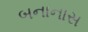
બનાનાસ